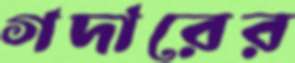
গদারের